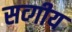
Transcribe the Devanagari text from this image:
सव्गीय